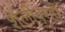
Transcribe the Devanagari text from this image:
शैलीवरही